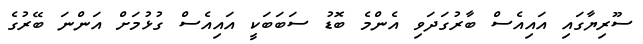
ސޫރިޔާގައި އައިއެސް ބާރުގަދަވި އެންމެ ބޮޑު ސަބަބަކީ އައިއެސް ގުޅުމަށް އަންނަ ބޭރުގެ